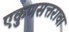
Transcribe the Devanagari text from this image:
एकुणसत्तरावा